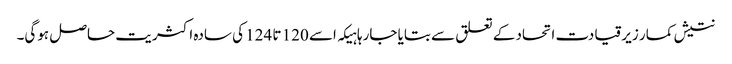
نتیش کمار زیرقیادت اتحاد کے تعلق سے بتایا جارہا ہیکہ اسے 120 تا 124 کی سادہ اکثریت حاصل ہوگی۔